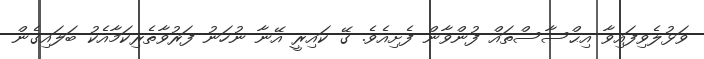
ވަޅުލެވިފައިވާ އިޙްސާސްތައް ފުންވާން ފެށިއެވެ. ގޭ ކައިރީ އޭނާ ނުހަނު ފަރުވާތެރިކަމާއެކު ބަލައިގެން